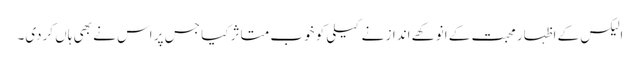
الیکس کے اظہار محبت کے انوکھے انداز نے کیلی کو خوب متاثر کیا جس پر اس نے بھی ہاں کردی۔